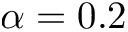
\alpha = 0 . 2